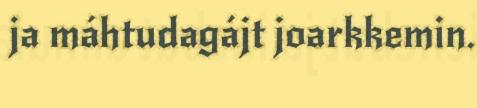
ja máhtudagájt joarkkemin.